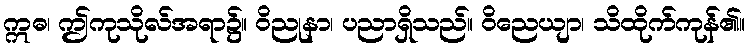
ဣဓ၊ ဤကုသိုလ်အရာ၌။ ဝိညုနာ၊ ပညာရှိသည်။ ဝိညေယျာ၊ သိထိုက်ကုန်၏။